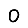
Digit: 0